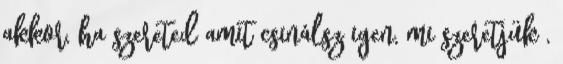
akkor, ha szereted amit csinálsz igen, mi szeretjük ,